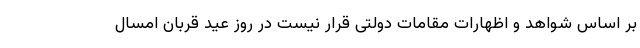
بر اساس شواهد و اظهارات مقامات دولتی قرار نیست در روز عید قربان امسال